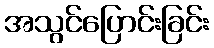
အသွင်ပြောင်းခြင်း